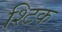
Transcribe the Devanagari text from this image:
श्टिक